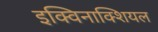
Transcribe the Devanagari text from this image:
इक्विनाक्शियल